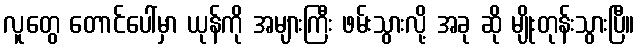
လူတွေ တောင်ပေါ်မှာ ယုန်ကို အများကြီး ဖမ်းသွားလို့ အခု ဆို မျိုးတုန်းသွားပြီ။